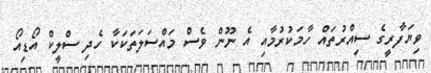
ވިޔަފާރީގެ ސިއްރުތައް ހާމަކުރުމާއި އެ ނޫން ވެސް މައްސަލަތަކަކާ ހެދި ސްލީކް އޯޑިއޯ